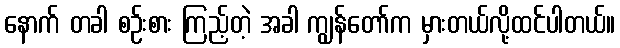
နောက် တခါ စဉ်းစား ကြည့်တဲ့ အခါ ကျွန်တော်က မှားတယ်လို့ထင်ပါတယ်။